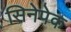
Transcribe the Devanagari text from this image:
सिनेपेक